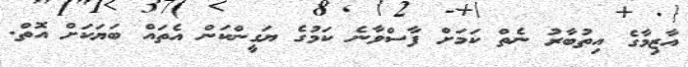
އާޒިމާގެ އިތުބާރު ނެތް ކަމަށް ފާސްވާނެ ކަމުގެ ޔަގީންކަން އެތައް ބަޔަކަށް އޮތް.